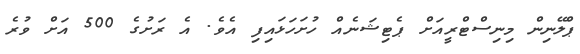
ޕްލޭނިން މިނިސްޓްރީއަށް ޕެޓިޝަނެއް ހުށަހަޅައިފި އެވެ. އެ ރަށުގެ 500 އަށް ވުރެ